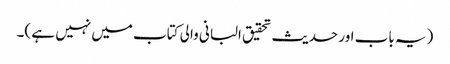
(یہ باب اور حدیث تحقیق البانی والی کتاب میں نہیں ہے )۔